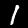
Digit: 1